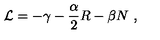
{ \cal L } = - \gamma - \frac { \alpha } { 2 } R - \beta N \ ,